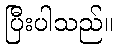
ပြီးပါသည်။